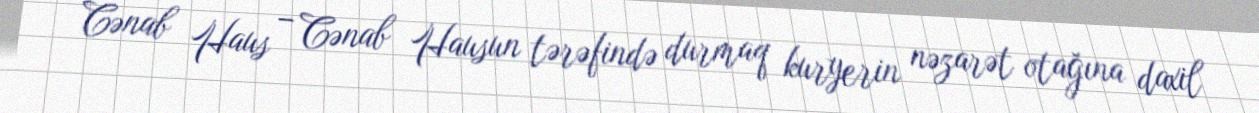
Cənab Haus – Cənab Hausun tərəfində durmaq kuryerin nəzarət otağına daxil